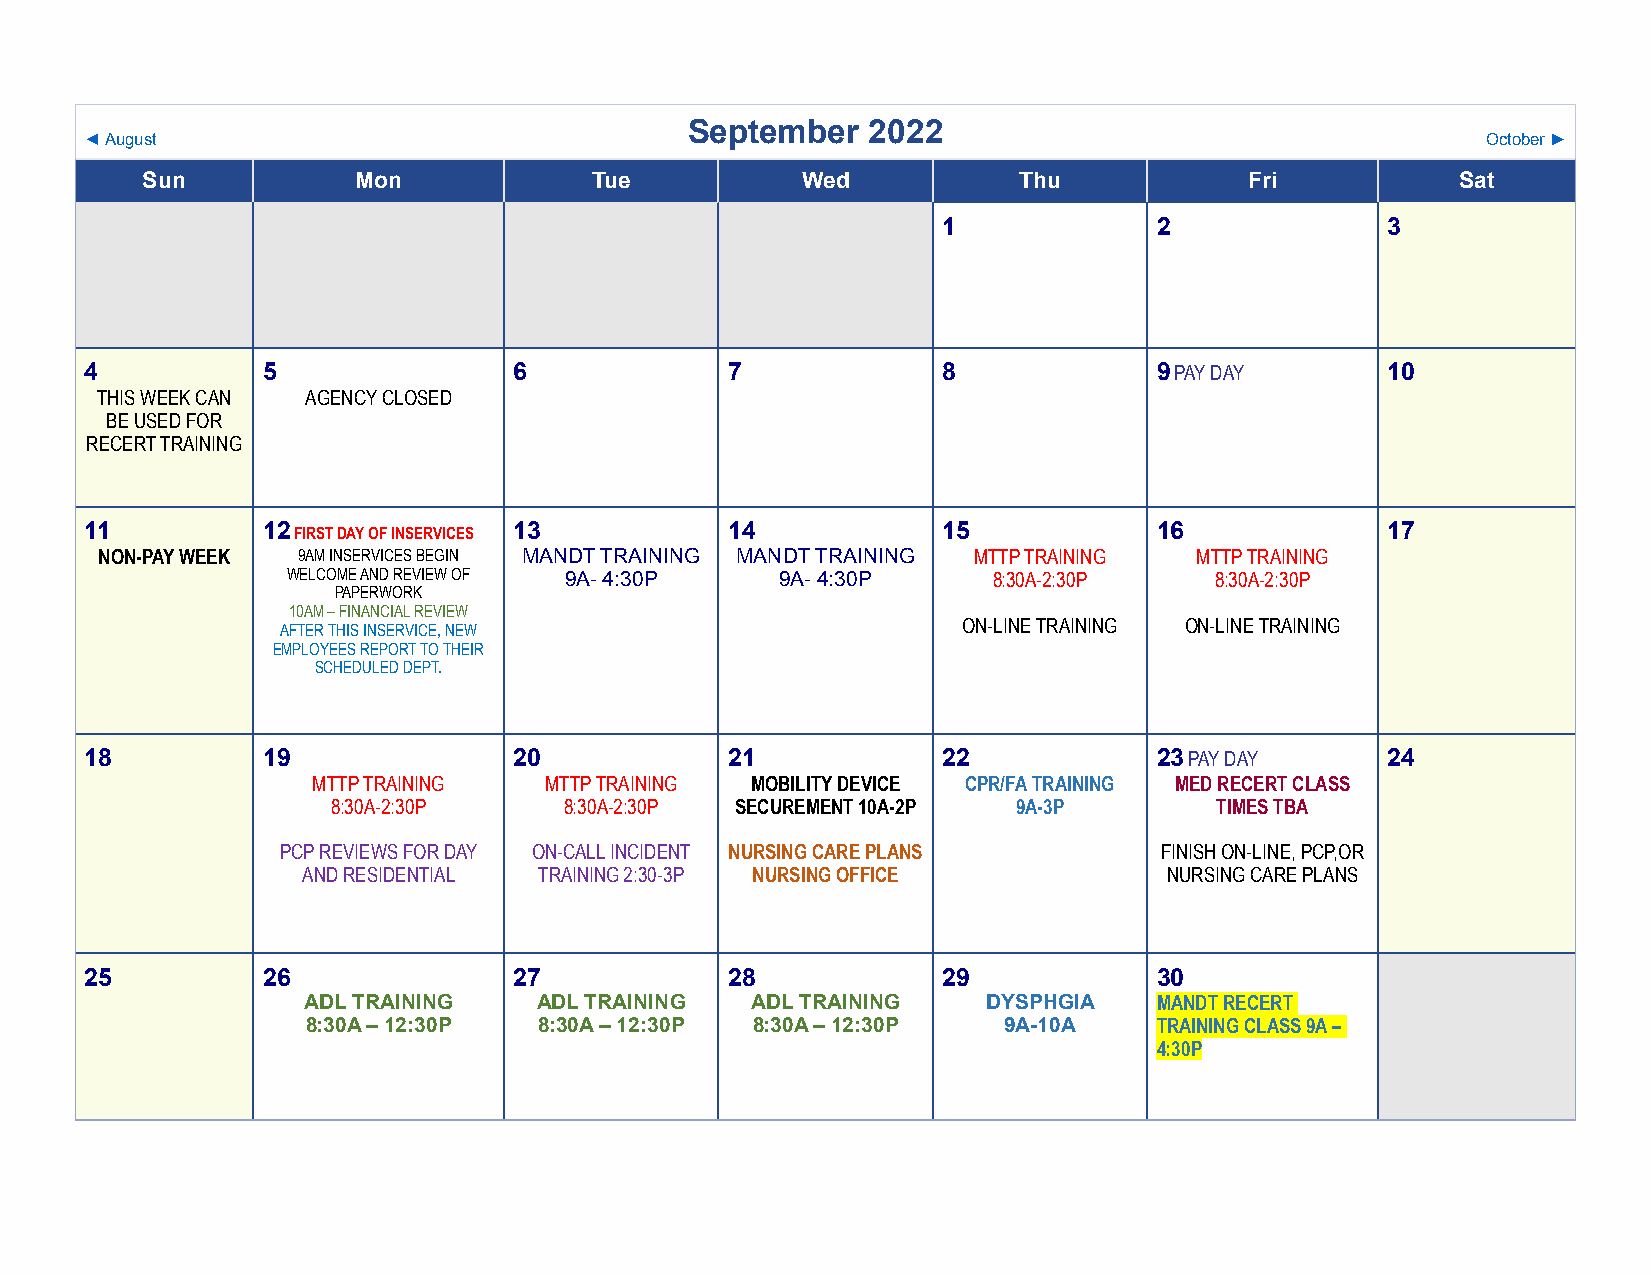
September    2022
 ◄ August                                                                                    October ►
 Sun           Mon             Tue           Wed           Thu             Fri           Sat
 1              2              3
 4          5                6             7             8              9 PAY DAY      10
 THIS WEEK CAN AGENCY CLOSED
 BE USED FOR
 RECERT TRAINING
 11         12               13            14            15             16             17
 FIRST DAY OF INSERVICES
 NON-PAY WEEK 9AM INSERVICES BEGIN MANDT TRAINING MANDT TRAINING MTTP TRAINING MTTP TRAINING
 WELCOME AND REVIEW OF 9A- 4:30P  9A- 4:30P     8:30A-2:30P   8:30A-2:30P
 PAPERWORK
 10AM – FINANCIAL REVIEW
 AFTER THIS INSERVICE, NEW                    ON-LINE TRAINING ON-LINE TRAINING
 EMPLOYEES REPORT TO THEIR
 SCHEDULED DEPT.
 18         19               20            21            22             23 PAY DAY     24
 MTTP TRAINING  MTTP TRAINING MOBILITY DEVICE CPR/FA TRAINING MED RECERT CLASS
 8:30A-2:30P    8:30A-2:30P SECUREMENT 10A-2P 9A-3P        TIMES TBA
 PCP REVIEWS FOR DAY ON-CALL INCIDENT NURSING CARE PLANS   FINISH ON-LINE, PCP,OR
 AND RESIDENTIAL TRAINING 2:30-3P NURSING OFFICE          NURSING CARE PLANS
 25         26               27            28            29             30
 ADL TRAINING    ADL TRAINING  ADL TRAINING   DYSPHGIA    MANDT RECERT
 8:30A – 12:30P  8:30A – 12:30P 8:30A – 12:30P 9A-10A     TRAINING CLASS 9A –
 4:30P